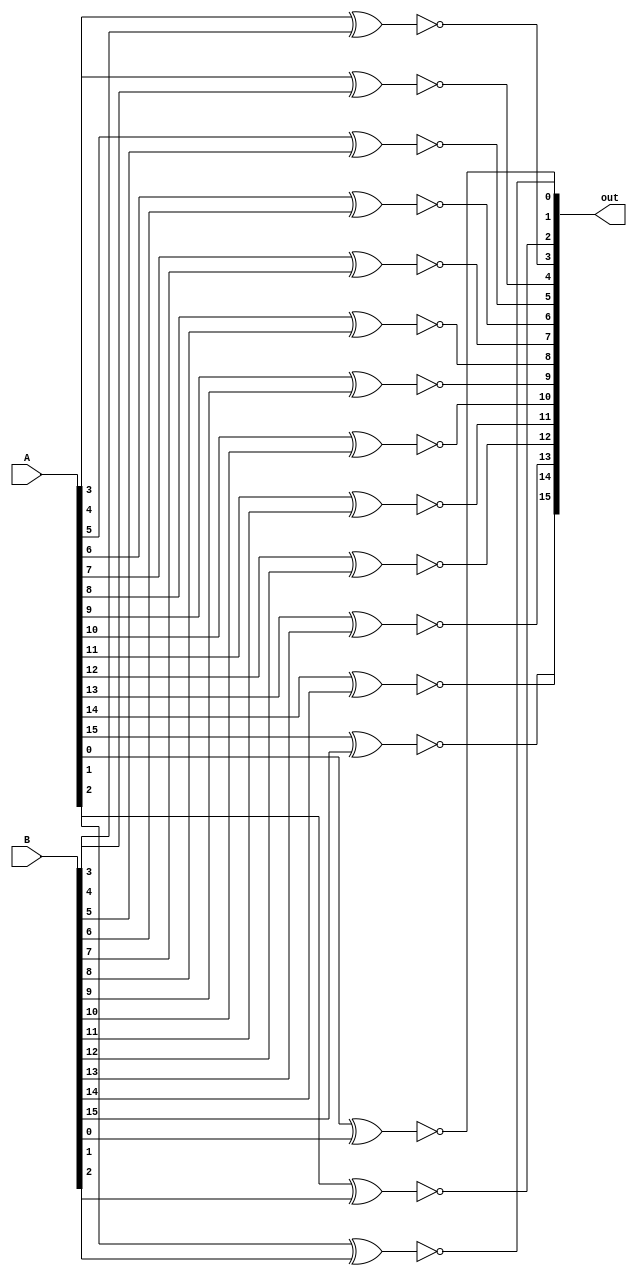
module xnor16bit(out, A, B);
	input [15:0] A;
	input [15:0] B;
	output [15:0] out;
	
	// Takes the xnor of A and B
	xnor xnor1(out[0], A[0], B[0]),
		xnor2(out[1], A[1], B[1]),
		xnor3(out[2], A[2], B[2]),
		xnor4(out[3], A[3], B[3]),
		xnor5(out[4], A[4], B[4]),
		xnor6(out[5], A[5], B[5]),
		xnor7(out[6], A[6], B[6]),
		xnor8(out[7], A[7], B[7]),
		xnor9(out[8], A[8], B[8]),
		xnor10(out[9], A[9], B[9]),
		xnor11(out[10], A[10], B[10]),
		xnor12(out[11], A[11], B[11]),
		xnor13(out[12], A[12], B[12]),
		xnor14(out[13], A[13], B[13]),
		xnor15(out[14], A[14], B[14]),
		xnor16(out[15], A[15], B[15]);
endmodule